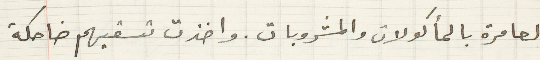
العامرة بالمأكولات والمشروبات. واخذت تسقيهم ضاحكة